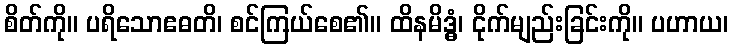
စိတ်ကို။ ပရိသောဧဓတိ၊ စင်ကြယ်စေ၏။ ထိနမိဒ္ဓံ၊ ငိုက်မျည်းခြင်းကို။ ပဟာယ၊